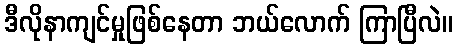
ဒီလိုနာကျင်မှုဖြစ်နေတာ ဘယ်လောက် ကြာပြီလဲ။